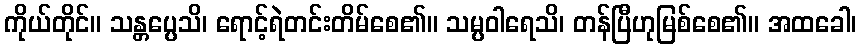
ကိုယ်တိုင်။ သန္တပ္ပေသိ၊ ရောင့်ရဲတင်းတိမ်စေ၏။ သမ္ပဝါရေသိ၊ တန်ပြီဟုမြစ်စေ၏။ အထခေါ၊